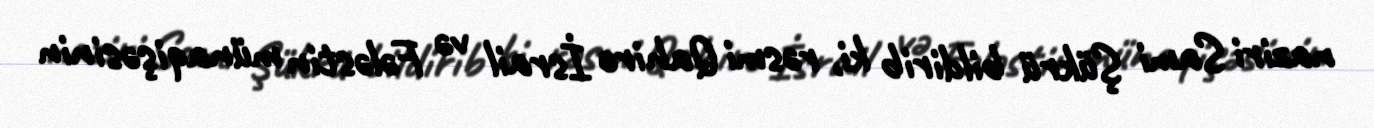
naziri Sami Şükrü bildirib ki, rəsmi Qahirə İsrail və Fələstin münaqişəsinin